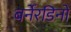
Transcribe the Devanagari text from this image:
बर्नेरडिनो